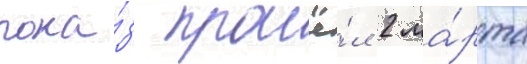
пока́з прошё́л 2 ма́рта